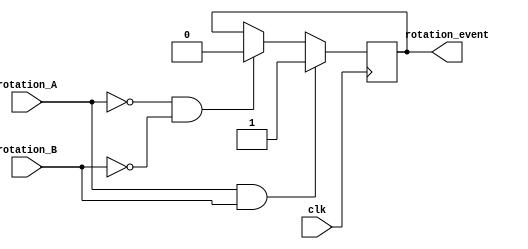
`timescale 1ns / 1ps
 
module RotaryShaftDetector(
    input clk, // Clock input
    input rotation_A, // Rotary shaft signal A
    input rotation_B, // Rotary shaft signal B
    output reg rotation_event // Output indicating rotation event
);

    // Detect rotation event based on the states of rotation signals A and B
    always @(posedge clk) begin
        if (rotation_A == 1 && rotation_B == 1) begin
            rotation_event <= 1; // Set rotation event signal high
        end
        else if (rotation_A == 0 && rotation_B == 0) begin
            rotation_event <= 0; // Set rotation event signal low
        end
    end

endmodule